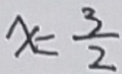
x = \frac { 3 } { 2 }